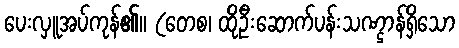
ပေးလှူအပ်ကုန်၏။ (တေစ၊ ထိုဦးဆောက်ပန်းသဏ္ဌာန်ရှိသော